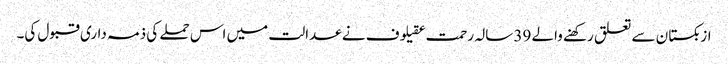
ازبکستان سے تعلق رکھنے والے 39 سالہ رحمت عقیلوف نے عدالت میں اس حملے کی ذمہ داری قبول کی۔